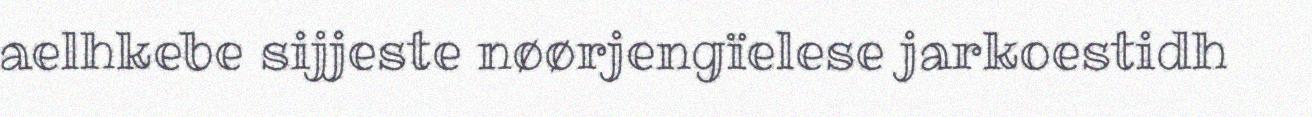
aelhkebe sijjeste nøørjengïelese jarkoestidh